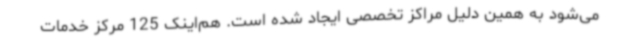
می‌شود به همین دلیل مراکز تخصصی ایجاد شده است. هم‌اینک 125 مرکز خدمات